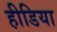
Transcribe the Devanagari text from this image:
हीडिया